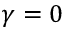
\gamma = 0